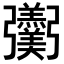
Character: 𢑌